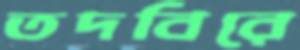
তদবিরে